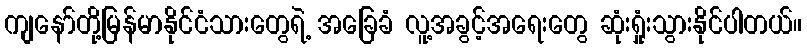
ကျနော်တို့မြန်မာနိုင်ငံသားတွေရဲ့ အခြေခံ လူ့အခွင့်အရေးတွေ ဆုံးရှုံးသွားနိုင်ပါတယ်။